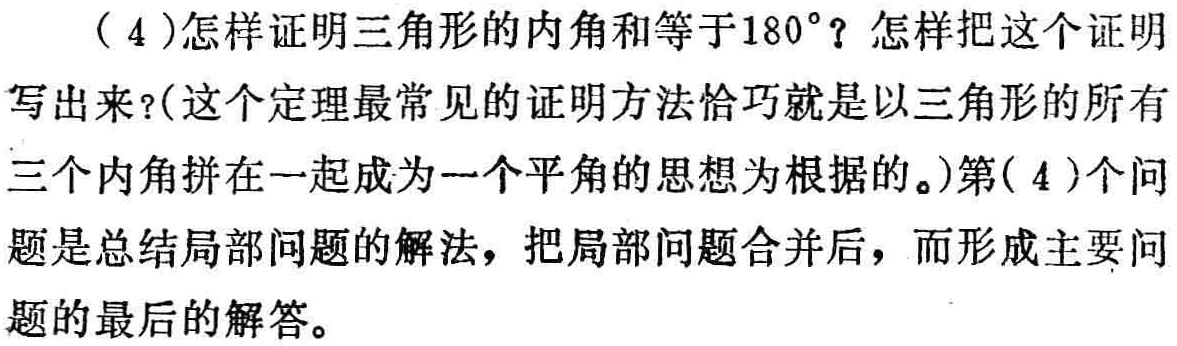
（4）怎样证明三角形的内角和等于\(180^{\circ}\)？怎样把这个证明写出来？(这个定理最常见的证明方法恰巧就是以三角形的所有三个内角拼在一起成为一个平角的思想为根据的。)第( 4 )个问题是总结局部问题的解法，把局部问题合并后，而形成主要问题的最后的解答。